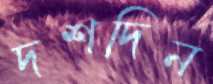
দশদিন